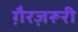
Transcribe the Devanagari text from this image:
ग़ैरज़रूरी